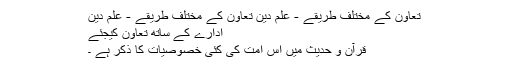
﻿ تعاون کے مختلف طریقے - علم دين تعاون کے مختلف طریقے - علم دين
ادارے کے ساتھ تعاون کیجئے
قرآن و حدیث میں اس امت کی کئی خصوصیات کا ذکر ہے ۔